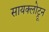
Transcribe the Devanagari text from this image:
सायक्लोट्रून